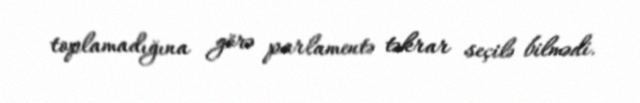
toplamadığına görə parlamentə təkrar seçilə bilmədi.